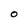
Character: O